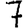
Digit: 7